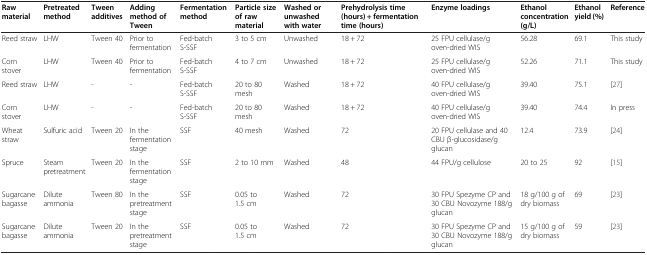
<table><thead><tr><td><b>Raw material</b></td><td><b>Pretreated method</b></td><td><b>Tween additives</b></td><td><b>Adding method of Tween</b></td><td><b>Fermentation method</b></td><td><b>Particle size of raw material</b></td><td><b>Washed or unwashed with water</b></td><td><b>Prehydrolysis time (hours) + fermentation time (hours)</b></td><td><b>Enzyme loadings</b></td><td><b>Ethanol concentration(g/L)</b></td><td><b>Ethanol yield (%)</b></td><td><b>Reference</b></td></tr></thead><tbody><tr><td>Reed straw</td><td>LHW</td><td>Tween 40</td><td>Prior to fermentation</td><td>Fed-batch S-SSF</td><td>3 to 5 cm</td><td>Unwashed</td><td>18 + 72</td><td>25 FPU cellulase/g oven-dried WIS</td><td>56.28</td><td>69.1</td><td>This study</td></tr><tr><td>Corn stover</td><td>LHW</td><td>Tween 40</td><td>Prior to fermentation</td><td>Fed-batch S-SSF</td><td>4 to 7 cm</td><td>Unwashed</td><td>18 + 72</td><td>25 FPU cellulase/g oven-dried WIS</td><td>52.26</td><td>71.1</td><td>This study</td></tr><tr><td>Reed straw</td><td>LHW</td><td>-</td><td>-</td><td>Fed-batch S-SSF</td><td>20 to 80 mesh</td><td>Washed</td><td>18 + 72</td><td>40 FPU cellulase/g oven-dried WIS</td><td>39.40</td><td>75.1</td><td>[27]</td></tr><tr><td>Corn stover</td><td>LHW</td><td>-</td><td>-</td><td>Fed-batch S-SSF</td><td>20 to 80 mesh</td><td>Washed</td><td>18 + 72</td><td>40 FPU cellulase/g oven-dried WIS</td><td>39.40</td><td>74.4</td><td>In press</td></tr><tr><td>Wheat straw</td><td>Sulfuric acid</td><td>Tween 20</td><td>In the fermentation stage</td><td>SSF</td><td>40 mesh</td><td>Washed</td><td>72</td><td>20 FPU cellulase and 40 CBU β-glucosidase/g glucan</td><td>12.4</td><td>73.9</td><td>[24]</td></tr><tr><td>Spruce</td><td>Steam pretreatment</td><td>Tween 20</td><td>In the fermentation stage</td><td>SSF</td><td>2 to 10 mm</td><td>Washed</td><td>48</td><td>44 FPU/g cellulose</td><td>20 to 25</td><td>92</td><td>[15]</td></tr><tr><td>Sugarcane bagasse</td><td>Dilute ammonia</td><td>Tween 80</td><td>In the pretreatment stage</td><td>SSF</td><td>0.05 to 1.5 cm</td><td>Washed</td><td>72</td><td>30 FPU Spezyme CP and 30 CBU Novozyme 188/g glucan</td><td>18 g/100 g of dry biomass</td><td>69</td><td>[23]</td></tr><tr><td>Sugarcane bagasse</td><td>Dilute ammonia</td><td>Tween 20</td><td>In the pretreatment stage</td><td>SSF</td><td>0.05 to 1.5 cm</td><td>Washed</td><td>72</td><td>30 FPU Spezyme CP and 30 CBU Novozyme 188/g glucan</td><td>15 g/100 g of dry biomass</td><td>59</td><td>[23]</td></tr></tbody></table>